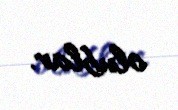
olublar.